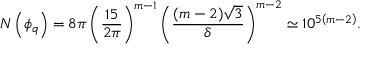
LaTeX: N \left( \phi _ { q } \right) = 8 \pi \left( \frac { 1 5 } { 2 \pi } \right) ^ { m - 1 } \left( \frac { ( m - 2 ) \sqrt { 3 } } { \delta } \right) ^ { m - 2 } \simeq 1 0 ^ { 5 \left( m - 2 \right) } .